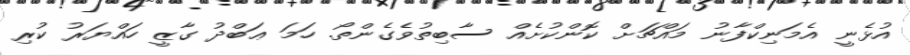
އުޅެނީ އެމަނިކްފާނު މައްޗަށް ކޮންކުށެއް ސާބިތުވެގެންތޯ. ހަމަ ޢަބްދު ގާޒީ ހައްޔަރު ކުރި